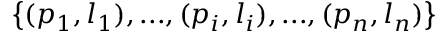
\left\{ ( p _ { 1 } , l _ { 1 } ) , . . . , ( p _ { i } , l _ { i } ) , . . . , ( p _ { n } , l _ { n } ) \right\}